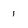
Character: 1